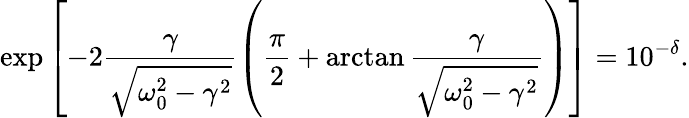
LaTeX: \exp\left[-2\frac{\gamma}{\sqrt{\omega_{0}^{2}-\gamma^{2}}}\left(\frac{\pi}{2}+\arctan\frac{\gamma}{\sqrt{\omega_{0}^{2}-\gamma^{2}}}\right)\right]=10^{-\delta}.